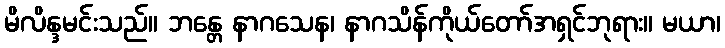
မိလိန္ဒမင်းသည်။ ဘန္တေ နာဂသေန၊ နာဂသိန်ကိုယ်တော်အရှင်ဘုရား။ မယာ၊